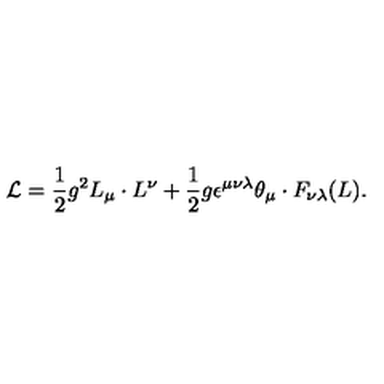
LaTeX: { \cal L } = \frac { 1 } { 2 } g ^ { 2 } L _ { \mu } \cdot L ^ { \nu } + \frac { 1 } { 2 } g \epsilon ^ { \mu \nu \lambda } \theta _ { \mu } \cdot F _ { \nu \lambda } ( L ) .